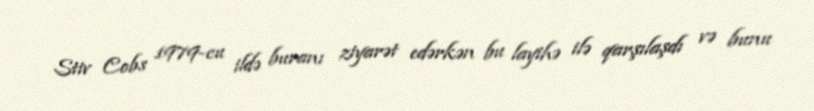
Stiv Cobs 1979-cu ildə buranı ziyarət edərkən bu layihə ilə qarşılaşdı və bunu